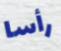
رأسا